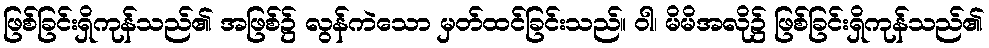
ဖြစ်ခြင်းရှိကုန်သည်၏ အဖြစ်၌ လွန်ကဲသော မှတ်ထင်ခြင်းသည်။ ဝါ၊ မိမိအလို၌ ဖြစ်ခြင်းရှိကုန်သည်၏